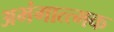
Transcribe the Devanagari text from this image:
अभंगात्त्मक